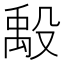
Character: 𬆪